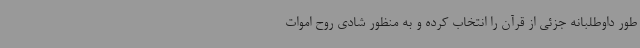
طور داوطلبانه جزئی از قرآن را انتخاب کرده و به منظور شادی روح اموات